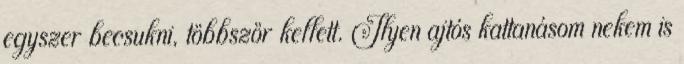
egyszer becsukni, többször kellett. Ilyen ajtós kattanásom nekem is